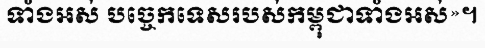
ទាំងអស់ បច្ចេកទេសរបស់កម្ពុជាទាំងអស់»។